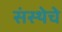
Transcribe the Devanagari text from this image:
संस्‍थेचे